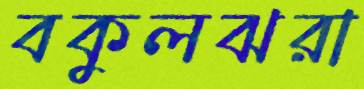
বকুলঝরা